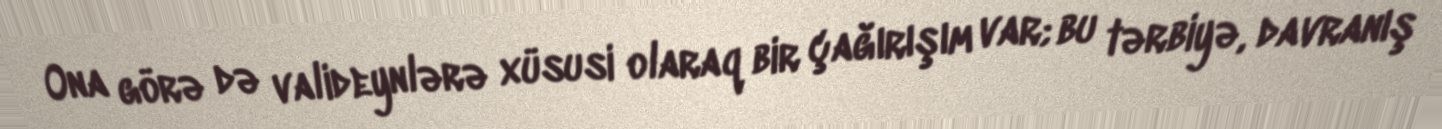
Ona görə də valideynlərə xüsusi olaraq bir çağırışım var; bu tərbiyə, davranış